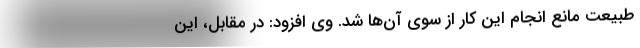
طبیعت مانع انجام این کار از سوی آن‌ها شد. وی افزود: در مقابل، این